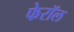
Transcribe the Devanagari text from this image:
फेरॉल